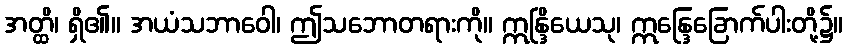
အတ္ထိ၊ ရှိ၏။ အယံသဘာဝေါ၊ ဤသဘောတရားကို။ ဣန္ဒြိယေသု၊ ဣန္ဒြေခြောက်ပါးတို့၌။